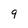
Character: 9